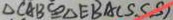
\Delta C A B \cong \Delta E B A ( S S S )